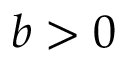
b > 0